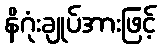
နိဂုံးချုပ်အားဖြင့်